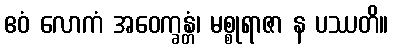
ဧဝံ လောကံ အဝေက္ခန္တံ၊ မစ္စုရာဇာ န ပဿတိ။